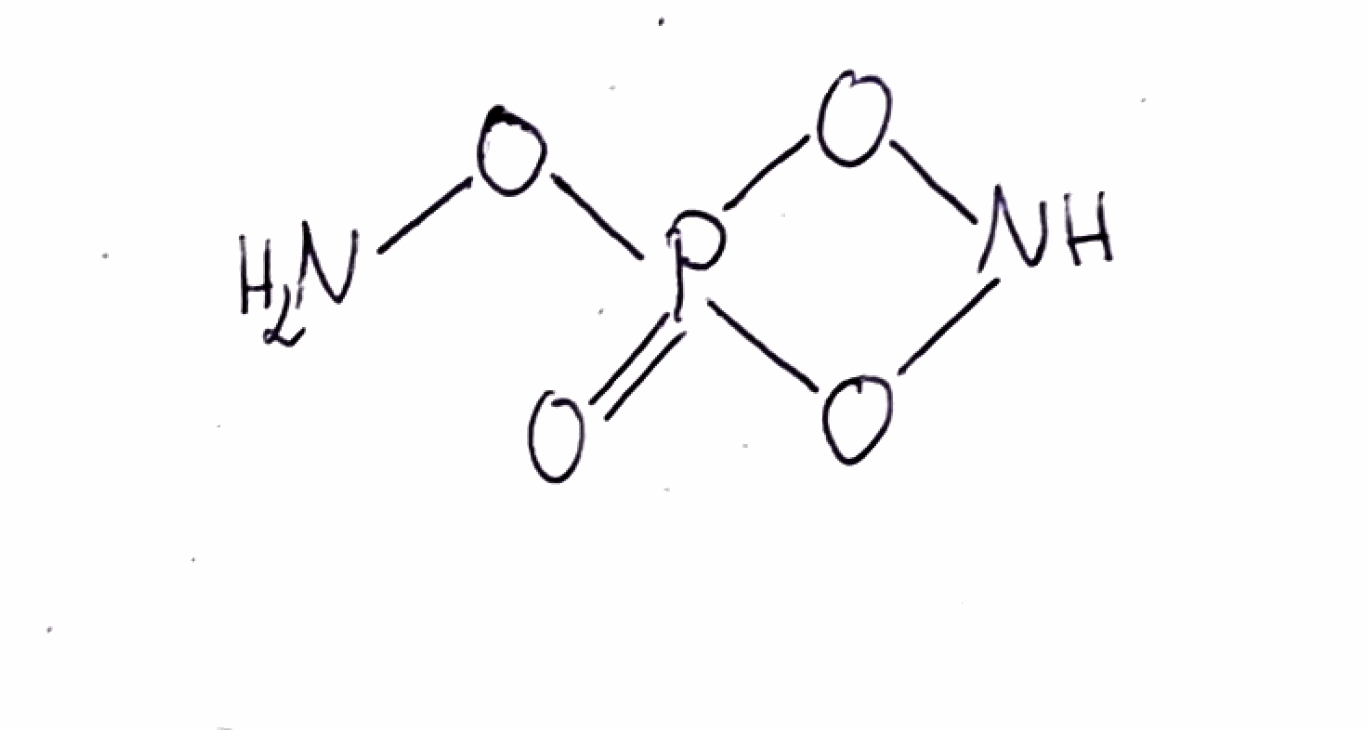
Simplified molecular-input line-entry system (SMILES) notation of the given molecule:
NOP1(=O)ONO1